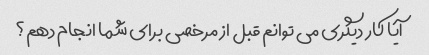
آیا کار دیگری می توانم قبل از مرخصی برای شما انجام دهم؟